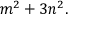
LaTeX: m ^ { 2 } + 3 n ^ { 2 } .